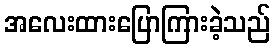
အလေးထားပြောကြားခဲ့သည်